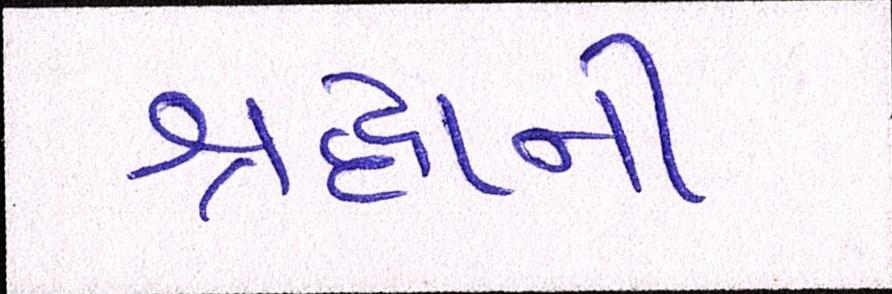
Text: શ્રદ્ધાની